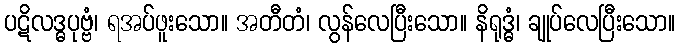
ပဋိလဒ္ဓပုဗ္ဗံ၊ ရအပ်ဖူးသော။ အတီတံ၊ လွန်လေပြီးသော။ နိရုဒ္ဓံ၊ ချုပ်လေပြီးသော။